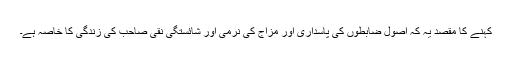
کہنے کا مقصد یہ کہ اصول ضابطوں کی پاسداری اور مزاج کی نرمی اور شائستگی نقی صاحب کی زندگی کا خاصہ ہے۔